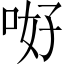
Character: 𠲡